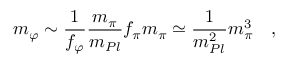
m _ { \varphi } \sim \frac 1 { f _ { \varphi } } \frac { m _ { \pi } } { m _ { P l } } f _ { \pi } m _ { \pi } \simeq \frac 1 { m _ { P l } ^ { 2 } } m _ { \pi } ^ { 3 } \quad ,